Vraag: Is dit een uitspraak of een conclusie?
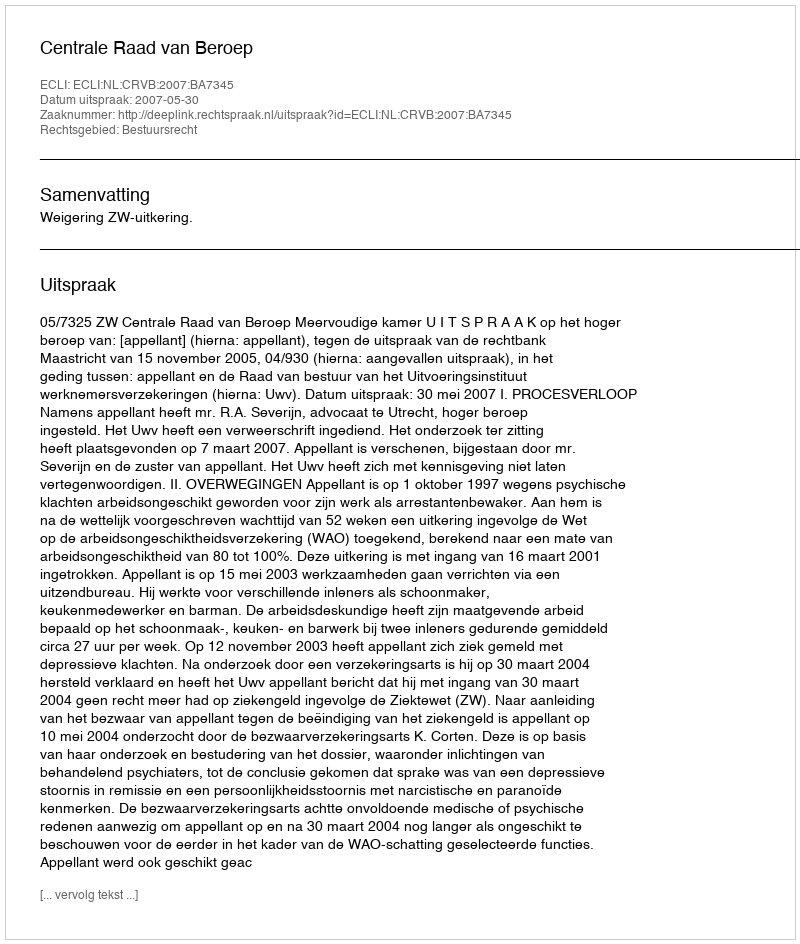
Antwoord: Uitspraak